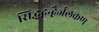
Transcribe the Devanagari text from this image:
सिद्धद्वन्द्वैर्जलकण